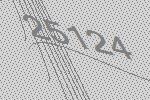
25124